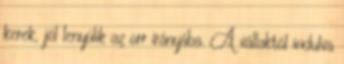
kerek, jól lenyúlik az orr irányába. A vállaktól indulva